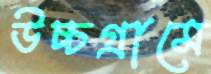
উচ্চগ্রামে